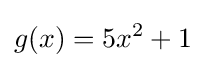
g(x)=5x^{2}+1